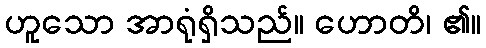
ဟူသော အာရုံရှိသည်။ ဟောတိ၊ ၏။